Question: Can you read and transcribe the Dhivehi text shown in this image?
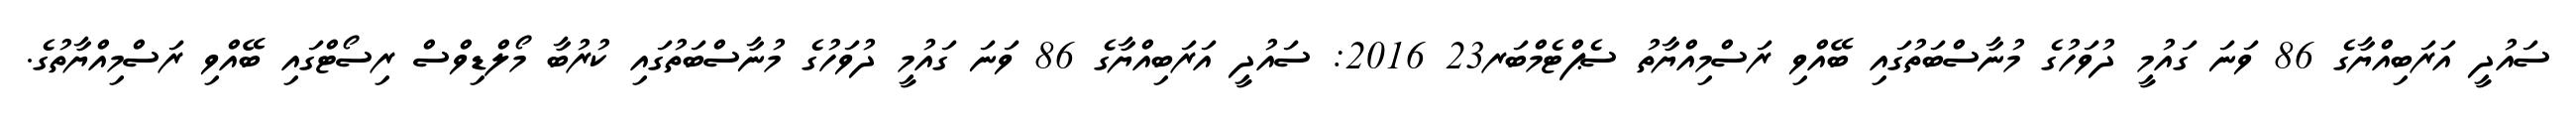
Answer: ސައުދީ އަރަބިއްޔާގެ 86 ވަނަ ގައުމީ ދުވަހުގެ މުނާސްބަތުގައި ބޭއްވި ރަސްމިއްޔާތު ސެޕްޓެމްބަރ23 2016: ސައުދީ އަރަބިއްޔާގެ 86 ވަނަ ގައުމީ ދުވަހުގެ މުނާސްބަތުގައި ކުރުބާ މޯލްޑިވްސް ރިސޯޓްގައި ބޭއްވި ރަސްމިއްޔާތުގެ.